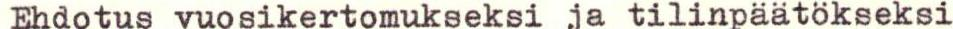
Ehdotus vuosikertomukseksi ja tilinpäätökseksi